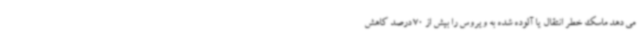
می دهد ماسک خطر انتقال یا آلوده شده به ویروس را بیش از 70 درصد کاهش